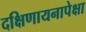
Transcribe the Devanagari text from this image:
दक्षिणायनापेक्षा